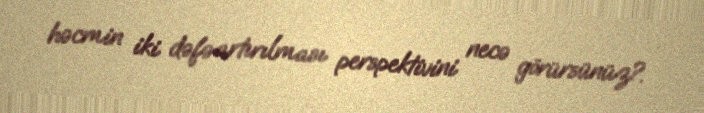
həcmin iki dəfə artırılması perspektivini necə görürsünüz?.